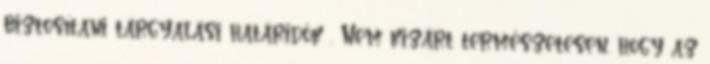
biztosítani tárgyalási határidők . Nem kizárt természetesen, hogy az